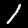
Label: 1